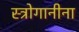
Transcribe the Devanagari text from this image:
स्त्रोगानीना